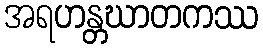
အရဟန္တဃာတကဿ